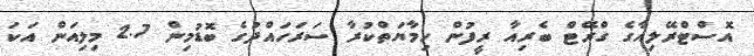
އޮސްޓްރޭލިއާގެ ގްރޭޓް ބެރިއާ ރީފުން ހިމާޔަތްކުރާ ސަރަހައްދުގެ ބޮޑުމިން 2.7 މިލިއަން އަކަ